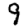
Digit: 9